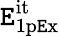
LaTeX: \mathtt{E}_{\mathrm{{1p\mathtt{E}x}}}^{\mathrm{{it}}}